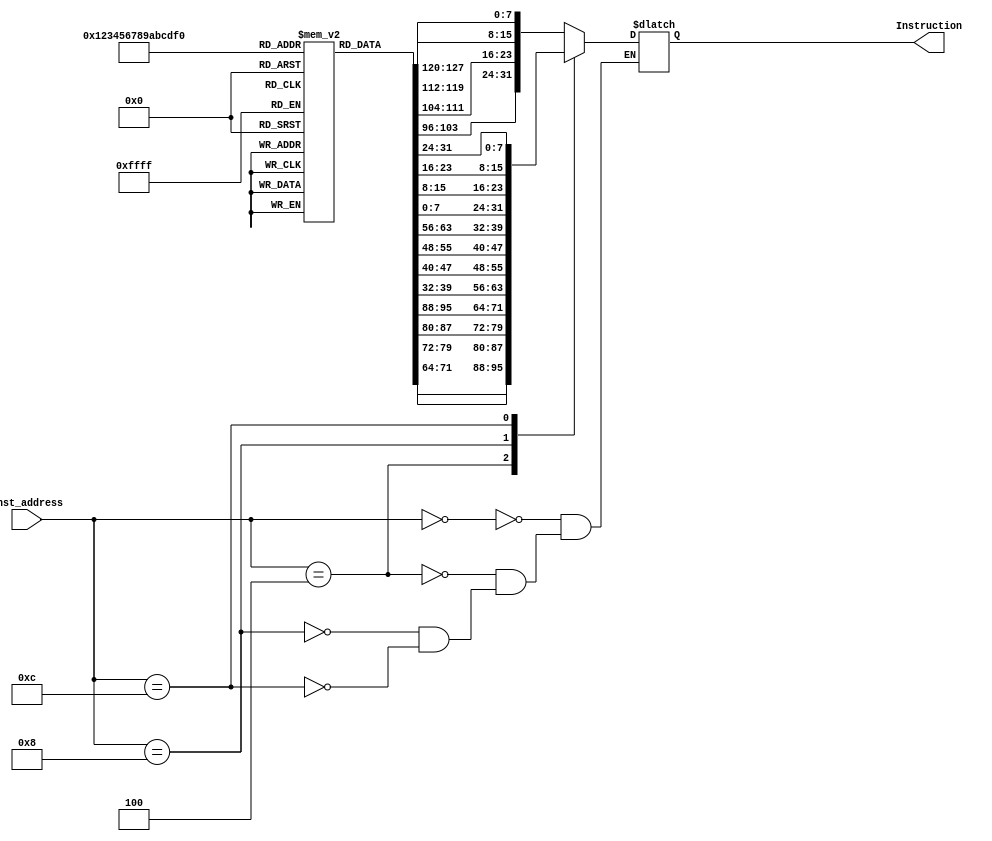
module Instruction_Memory (
    input  [63:0] Inst_address,
    output reg [31:0] Instruction
);
    reg [7:0] instr_mem [15:0]; // 16 bitsx8 = 16 bytes

    initial begin
        instr_mem [ 0] = 8'b10000011;
        instr_mem [ 1] = 8'b00110100;
        instr_mem [ 2] = 8'b10000101;
        instr_mem [ 3] = 8'b00000010;
        instr_mem [ 4] = 8'b10110011;
        instr_mem [ 5] = 8'b10000100;
        instr_mem [ 6] = 8'b10011010;
        instr_mem [ 7] = 8'b00000000;
        instr_mem [ 8] = 8'b10010011;
        instr_mem [ 9] = 8'b10000100;
        instr_mem [10] = 8'b00010100;
        instr_mem [11] = 8'b00000000;
        instr_mem [12] = 8'b00100011;
        instr_mem [13] = 8'b00110100;
        instr_mem [14] = 8'b10010101;
        instr_mem [15] = 8'b00000010;   
    end
    
    always @(Inst_address) begin
        case(Inst_address)
        64'd0 : Instruction = {instr_mem[3], instr_mem[2], instr_mem[1], instr_mem[0]};
        64'd4 : Instruction = {instr_mem[7], instr_mem[6], instr_mem[5], instr_mem[4]};
        64'd8 : Instruction = {instr_mem[11], instr_mem[10], instr_mem[9], instr_mem[8]};
        64'd12: Instruction = {instr_mem[15], instr_mem[14], instr_mem[13], instr_mem[12]};
        endcase
    end

endmodule